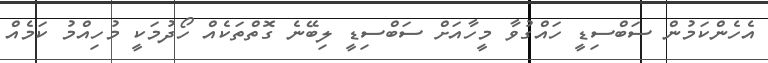
އެހެންކަމުން ސަބްސިޑީ ހައްގުވާ މީހާއަށް ސަބްސިޑީ ލިބޭނެ ގޮތްތަކެއް ހޯދުމަކީ މުހިއްމު ކަމެއް